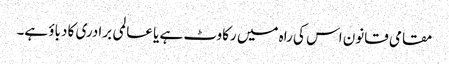
مقامی قانون اس کی راہ میں رکاوٹ ہے یا عالمی برادری کا دباؤ ہے۔